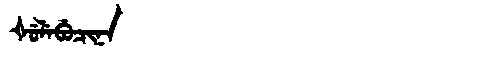
Manchu: ᡧᡠᠯᡝᠪᡠᠴᡳᠨᠠ
Romanization: ŠULEBUCINA